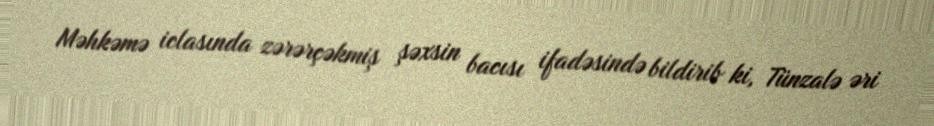
Məhkəmə iclasında zərərçəkmiş şəxsin bacısı ifadəsində bildirib ki, Tünzalə əri